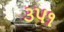
૩૫૧